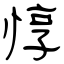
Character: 惇